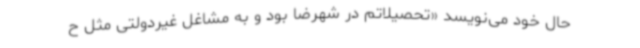
حال خود می‌نویسد «تحصیلاتم در شهرضا بود و به مشاغل غیردولتی مثل ح